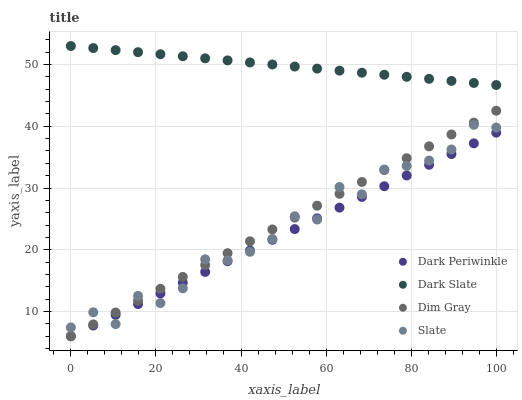
| xaxis_label | Dark Periwinkle | Dark Slate | Dim Gray | Slate |
 | --- | --- | --- | --- | --- |
 | 0 | 6 | 53 | 6 | 7.43 |
 | 5.26 | 7.74 | 52.7 | 7.92 | 9.88 |
 | 10.5 | 9.47 | 52.3 | 9.84 | 7.96 |
 | 15.8 | 11.2 | 52 | 11.8 | 12.5 |
 | 21.1 | 12.9 | 51.7 | 13.7 | 11.4 |
 | 26.3 | 14.7 | 51.3 | 15.6 | 13.8 |
 | 31.6 | 16.4 | 51 | 17.5 | 18.5 |
 | 36.8 | 18.1 | 50.7 | 19.5 | 18.3 |
 | 42.1 | 19.9 | 50.3 | 21.4 | 19.7 |
 | 47.4 | 21.6 | 50 | 23.3 | 21.8 |
 | 52.6 | 23.4 | 49.7 | 25.2 | 25.4 |
 | 57.9 | 25.1 | 49.3 | 27.1 | 24.9 |
 | 63.2 | 26.8 | 49 | 29.1 | 30.2 |
 | 68.4 | 28.6 | 48.7 | 31 | 29 |
 | 73.7 | 30.3 | 48.3 | 32.9 | 33 |
 | 78.9 | 32 | 48 | 34.8 | 33.6 |
 | 84.2 | 33.8 | 47.7 | 36.8 | 34.5 |
 | 89.5 | 35.5 | 47.3 | 38.7 | 36.2 |
 | 94.7 | 37.2 | 47 | 40.6 | 40.2 |
 | 100 | 39 | 46.7 | 42.5 | 39.8 |